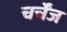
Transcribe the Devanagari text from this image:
चर्चेंज